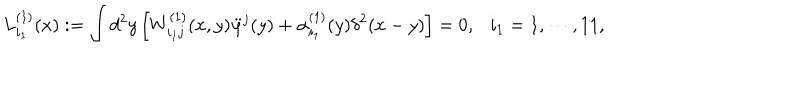
LaTeX: L _ { i _ { 1 } } ^ { ( 1 ) } ( x ) : = \int d ^ { 2 } y \left[ W _ { i _ { 1 } j } ^ { ( 1 ) } ( x , y ) \ddot { \varphi } ^ { j } ( y ) + \alpha _ { i _ { 1 } } ^ { ( 1 ) } ( y ) \delta ^ { 2 } ( x - y ) \right] = 0 , i _ { 1 } = 1 , \cdots , 1 1 ,